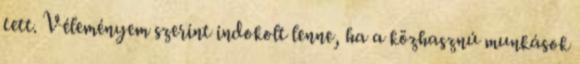
tett. Véleményem szerint indokolt lenne, ha a közhasznú munkások